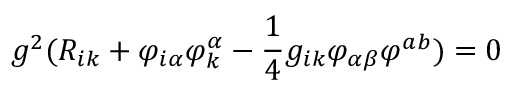
g ^ { 2 } ( R _ { i k } + \varphi _ { i \alpha } \varphi _ { k } ^ { \alpha } - { \frac { 1 } { 4 } } g _ { i k } \varphi _ { \alpha \beta } \varphi ^ { a b } ) = 0